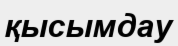
қысымдау